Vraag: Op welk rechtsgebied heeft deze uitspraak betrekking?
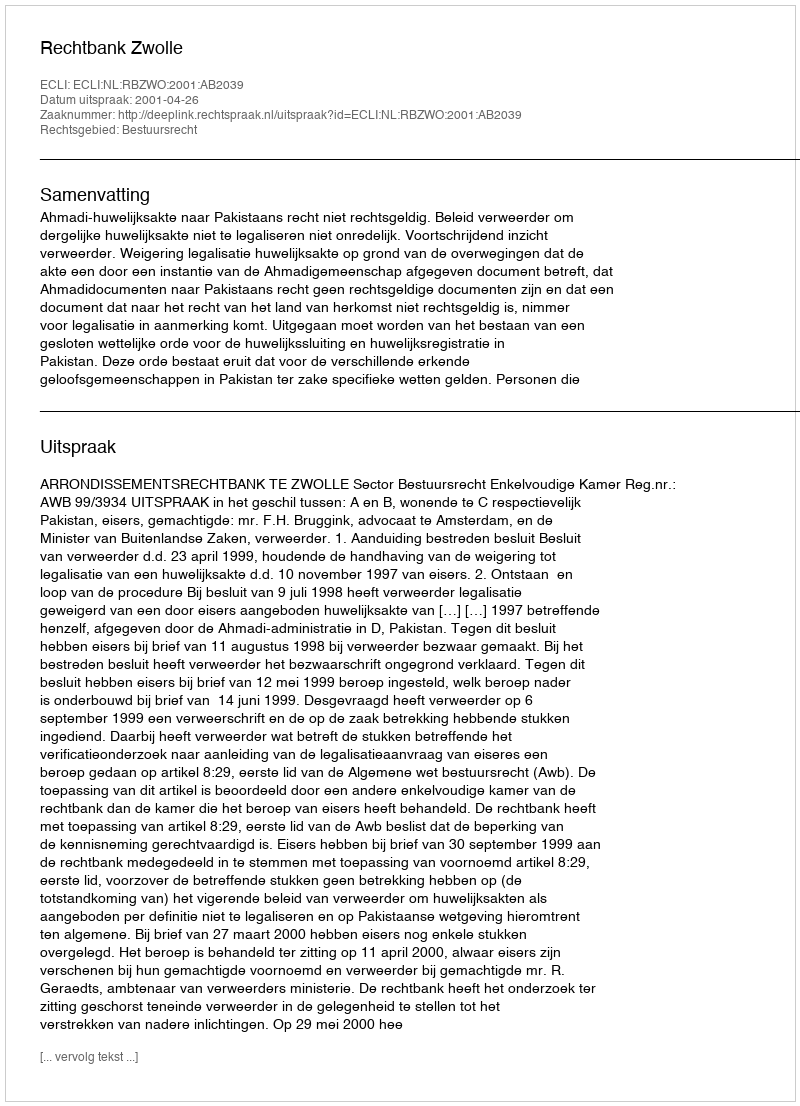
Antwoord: Bestuursrecht